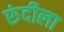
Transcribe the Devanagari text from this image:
रुंदीला